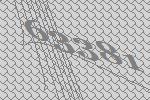
63381